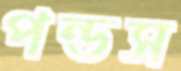
পন্ডস